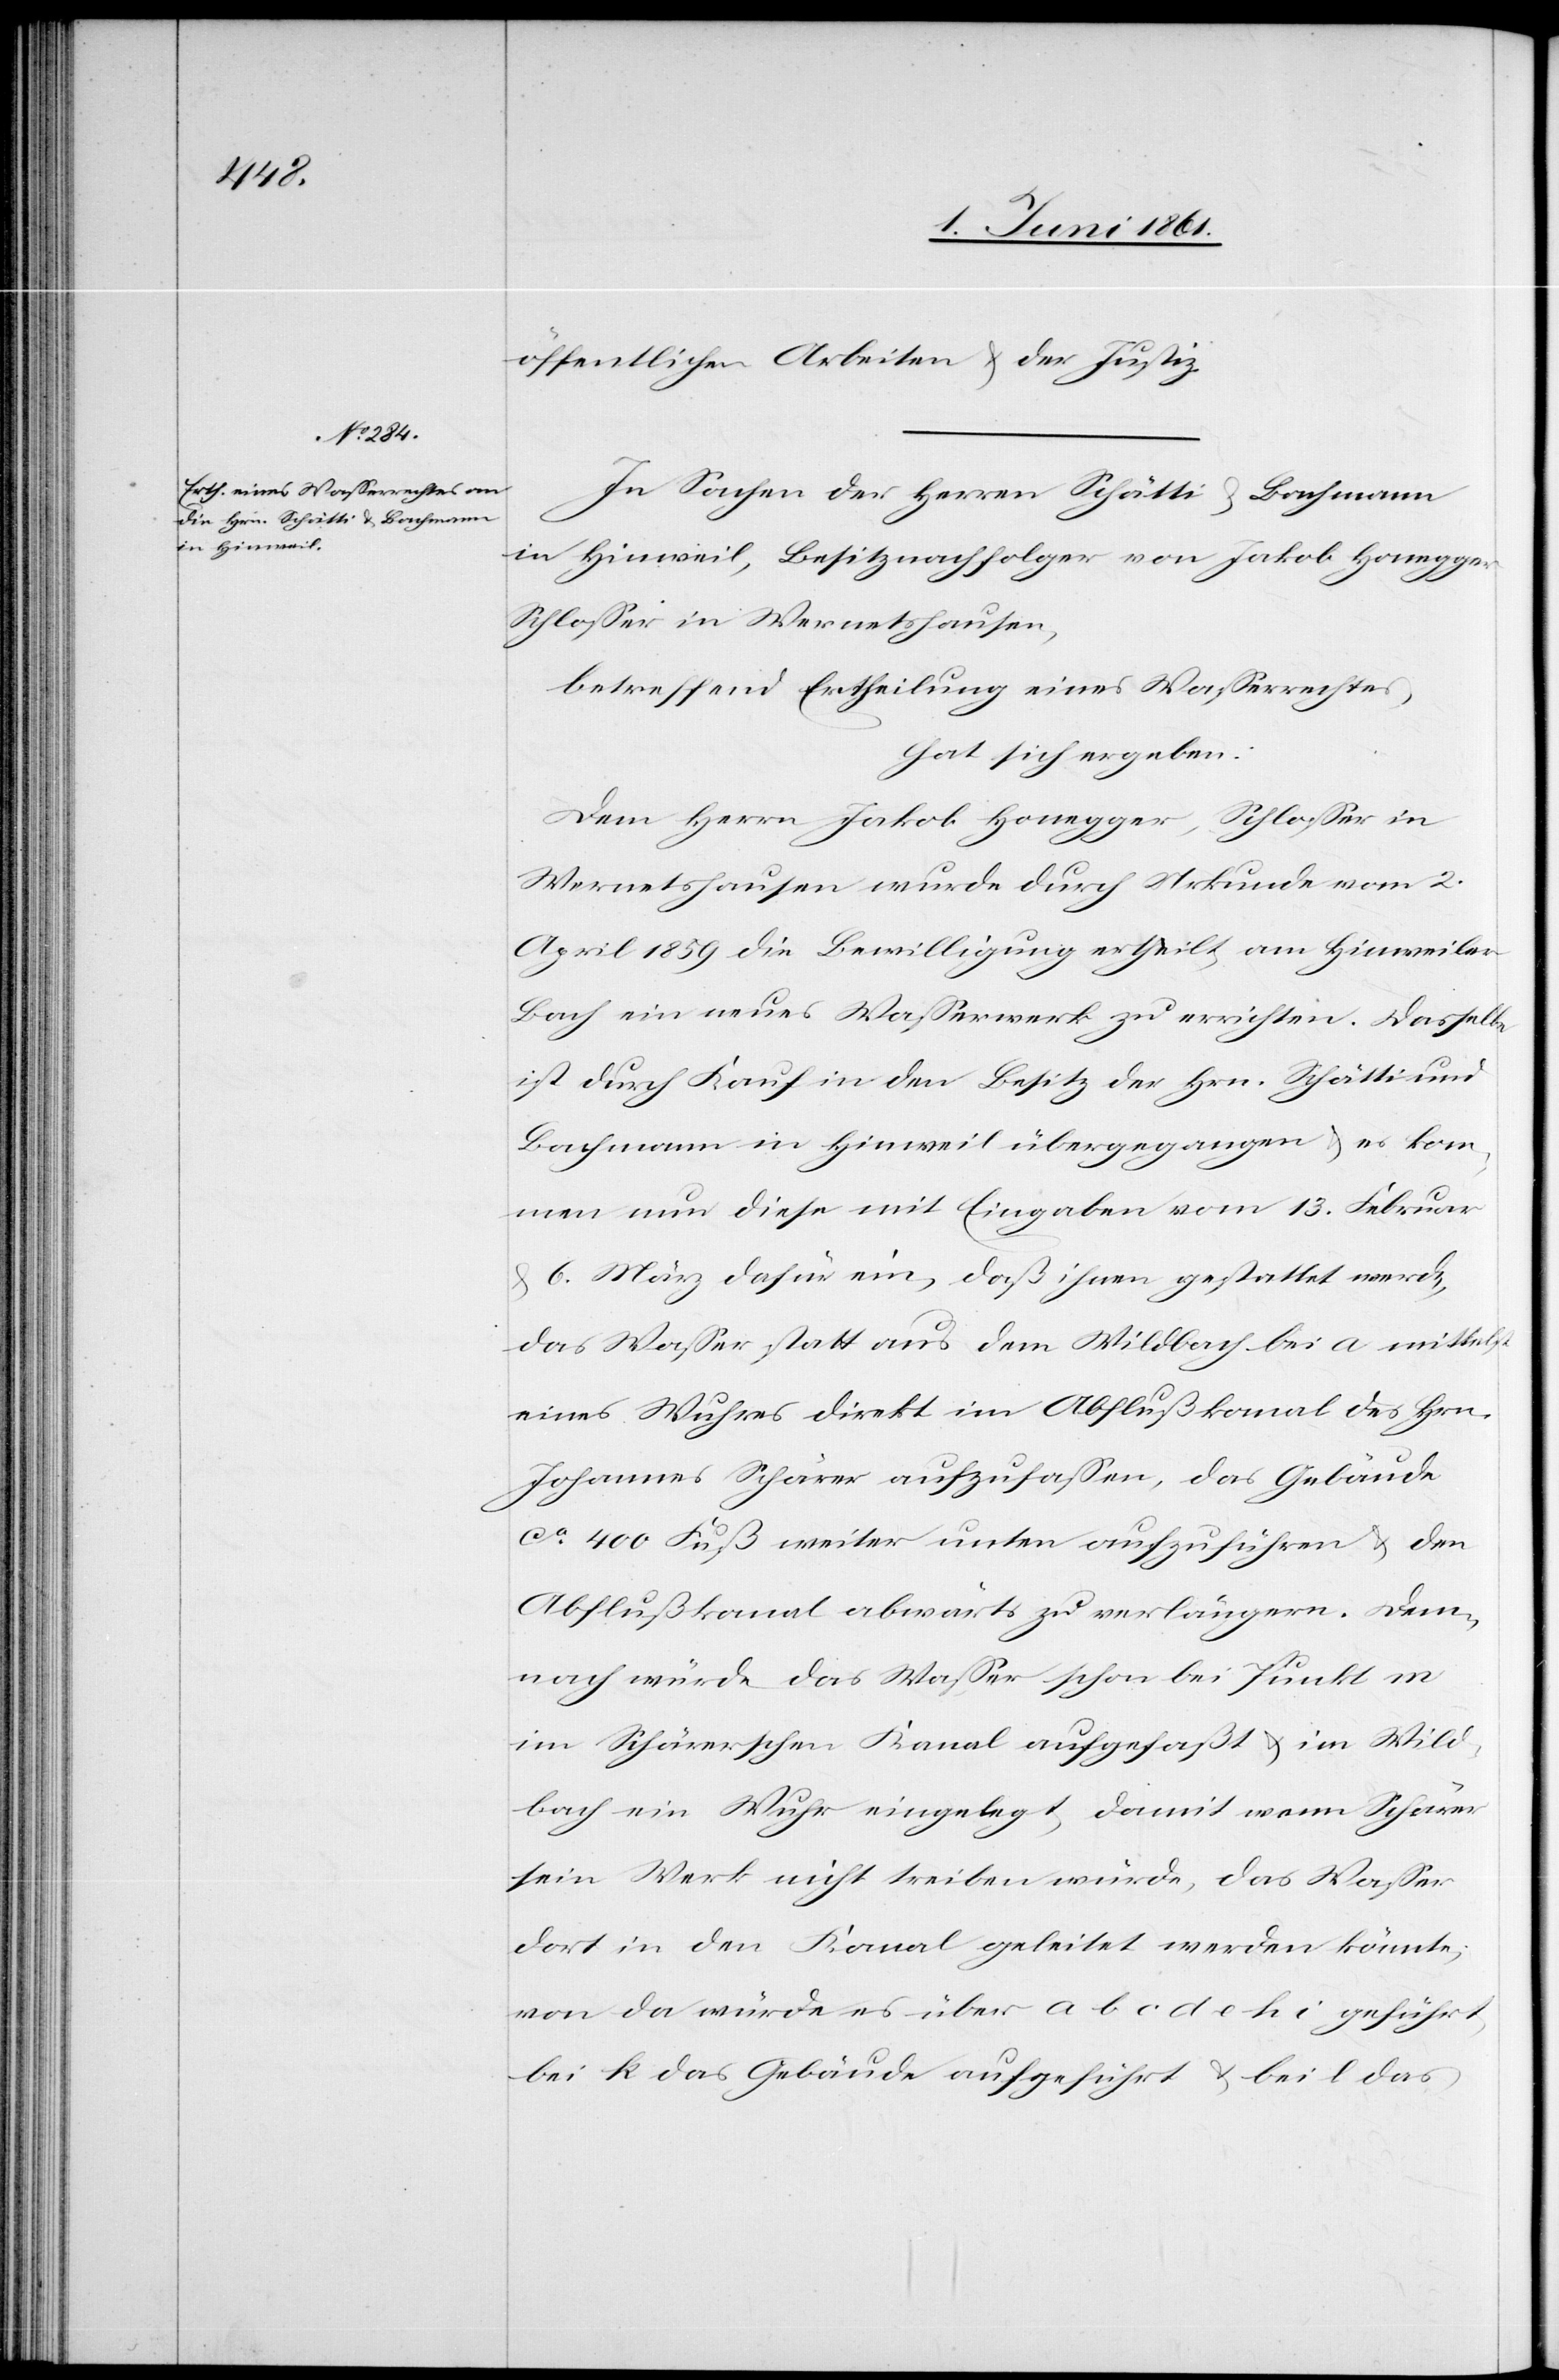
öffentlichen Arbeiten u. der Justiz.
In Sachen der Herren Schätti u. Bachmann
in Hinweil, Besitznachfolger von Jakob Honegger
Schlosser in Wernetshausen,
betreffend Ertheilung eines Wasserrechtes,
hat sich ergeben:
Dem Herrn Jakob Honegger, Schlosser in
Wernetshausen wurde durch Urkunde vom 2.
April 1859 die Bewilligung ertheilt, am Hinweiler
Bach ein neues Wasserwerk zu errichten. Dasselbe
ist durch Kauf in den Besitz der Hrn. Schätti und
Bachmann in Hinweil übergegangen u. es kom¬
men nun diese mit Eingaben vom 13. Februar
u. 6. März dafür ein, daß ihnen gestattet werde,
das Wasser statt aus dem Wildbach bei a mittelst
eines Wuhres direkt im Abflußkanal des Hrn.
Johannes Schärer aufzufassen, das Gebäude
ca. 400 Fuß weiter unten aufzuführen u. den
Abflußkanal abwärts zu verlängern. Dem¬
nach würde das Wasser schon bei Punkt m
im Schärerschen Kanal aufgefaßt u. im Wild¬
bach ein Wuhr eingelegt, damit wenn Schärer
sein Werk nicht treiben würde, das Wasser
dort in den Kanal geleitet werden könnte;
von da würde es über a b c d e h i geführt,
bei k das Gebäude aufgeführt u. bei l das